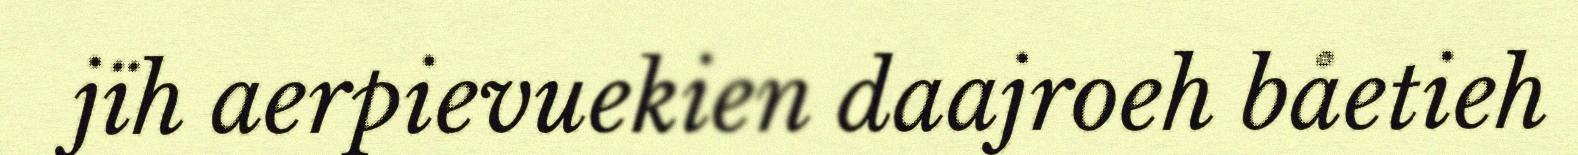
jïh aerpievuekien daajroeh båetieh